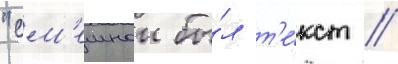
"см'ешнои бы́л т'е́кст //